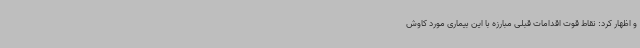
و اظهار کرد: نقاط قوت اقدامات قبلی مبارزه با این بیماری مورد کاوش